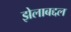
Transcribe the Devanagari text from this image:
झेलाबद्दल